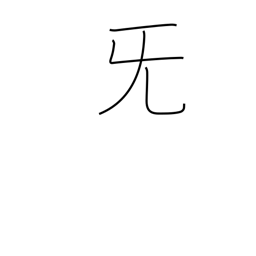
Meaning: sob